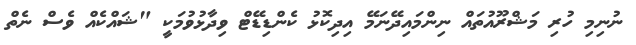
ނުނިމި ހުރި މަޝްރޫއުތައް ނިންމައިދޭނަމޭ އިދިކޮޅު ކެންޑިޑޭޓް ވިދާޅުވުމަކީ "ޝައްކެއް ވެސް ނެތް